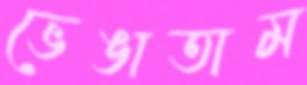
ভেঙাতাম